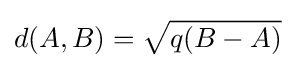
d(A,B)={\sqrt {q(B-A)}}